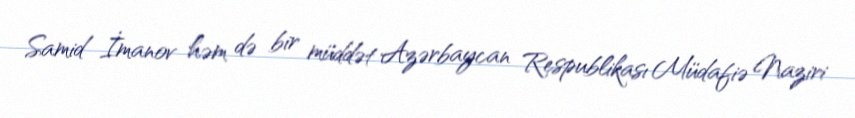
Samid İmanov həm də bir müddət Azərbaycan Respublikası Müdafiə Naziri